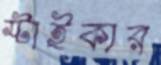
স্টাইকার